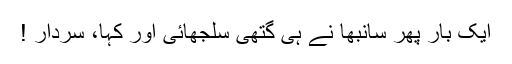
ایک بار پھر سانبھا نے ہی گتھی سلجھائی اور کہا، سردار !